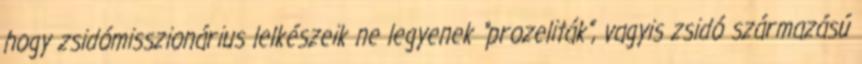
hogy zsidómisszionárius lelkészeik ne legyenek “prozeliták”, vagyis zsidó származású